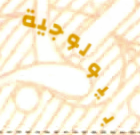
بيولوجية